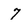
Character: 7